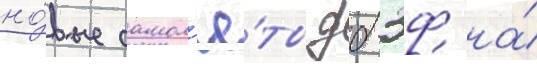
но́вые самол'ё́ты дб-3ф на́